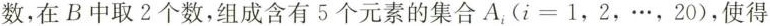
数，在B中取2个数，组成含有5个元素的集合A_{i}（i=1,2，…，20），使得